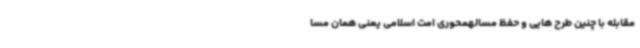
مقابله با چنین طرح هایی و حفظ مسالهمحوری امت اسلامی یعنی همان مسا